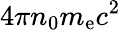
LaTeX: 4\pi n_{0}m_{\mathrm{e}}c^{2}